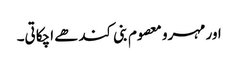
اور مہرو معصوم بنی کندھے اچکاتی۔